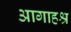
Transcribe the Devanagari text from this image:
आगाहश्र